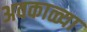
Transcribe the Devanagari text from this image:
अवकाळ्या